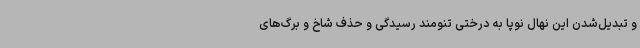
و تبدیل‌شدن این نهال نوپا به درختی تنومند رسیدگی و حذف شاخ و برگ‌های